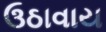
ઉઠાવાય